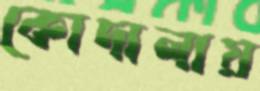
কোদালায়